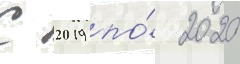
С 2019 по́ 2020